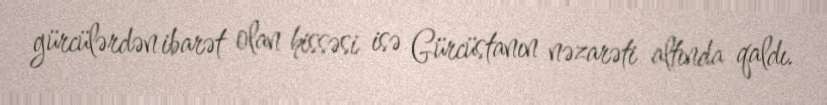
gürcülərdən ibarət olan hissəsi isə Gürcüstanın nəzarəti altında qaldı.